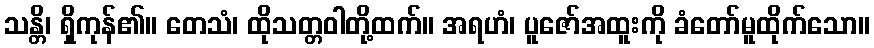
သန္တိ၊ ရှိကုန်၏။ တေသံ၊ ထိုသတ္တဝါတို့ထက်။ အရဟံ၊ ပူဇော်အထူးကို ခံတော်မူထိုက်သော။